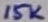
Text: 15K